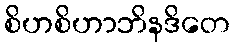
စိဟစိဟာဘိနဒိတေ